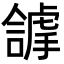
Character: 𧇵